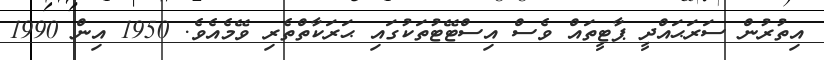
އިތުރުން ސަރަޙައްދީ ޕާޓީތައް ވެސް އިސްޓޭޓުތަކުގައި ޙަރަކާތްތެރި ވޭމެއެވެ. 1950 އިން 1990